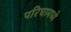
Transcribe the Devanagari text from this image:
परिघामध्ये